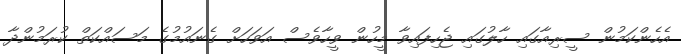
އެހެންކަމުން ސީރިއާގައި ހާލުގައި ޖެހިފައިވާ މީހުން ވީހާވެސް އަވަހަށް ގެނައުމުގެ މަސައްކަތް ކުރަމުންދާ